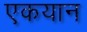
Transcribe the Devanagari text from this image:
एकयान